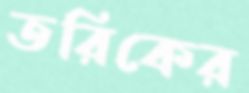
তরিকের